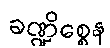
ခဏ္ဍိစ္စေန